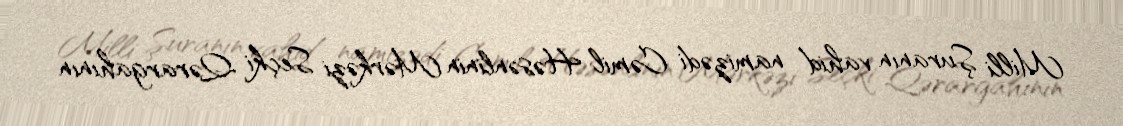
Milli Şuranın vahid namizədi Cəmil Həsənlinin Mərkəzi Seçki Qərargahının